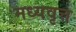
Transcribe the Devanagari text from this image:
मध्यवृत्त